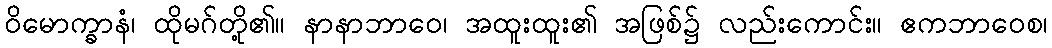
ဝိမောက္ခာနံ၊ ထိုမဂ်တို့၏။ နာနာဘာဝေ၊ အထူးထူး၏ အဖြစ်၌ လည်းကောင်း။ ဧကဘာဝေစ၊